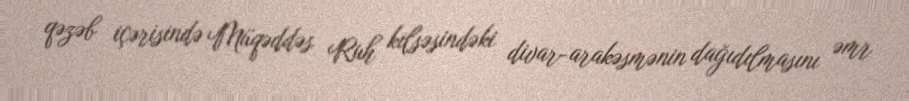
qəzəb içərisində Müqəddəs Ruh kilsəsindəki divar-arakəsmənin dağıdılmasını əmr